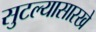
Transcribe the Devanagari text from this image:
सुटल्यासारखे